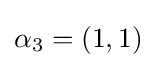
\alpha _{3}=(1,1)